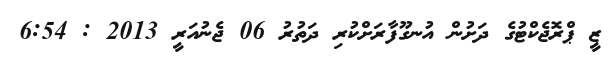
ޒީ ޕްރޮޖެކްޓުގެ ދަށުން އުނގޫފާރަށްކުރި ދަތުރު 06 ޖެނުއަރީ 2013 : 6:54